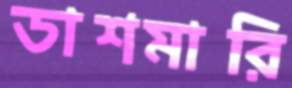
ডাশমারি